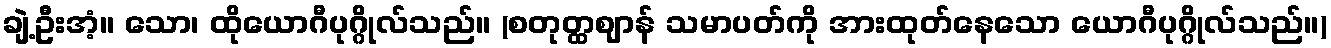
ချဲ့ဦးအံ့။ သော၊ ထိုယောဂီပုဂ္ဂိုလ်သည်။ (စတုတ္ထဈာန် သမာပတ်ကို အားထုတ်နေသော ယောဂီပုဂ္ဂိုလ်သည်။)